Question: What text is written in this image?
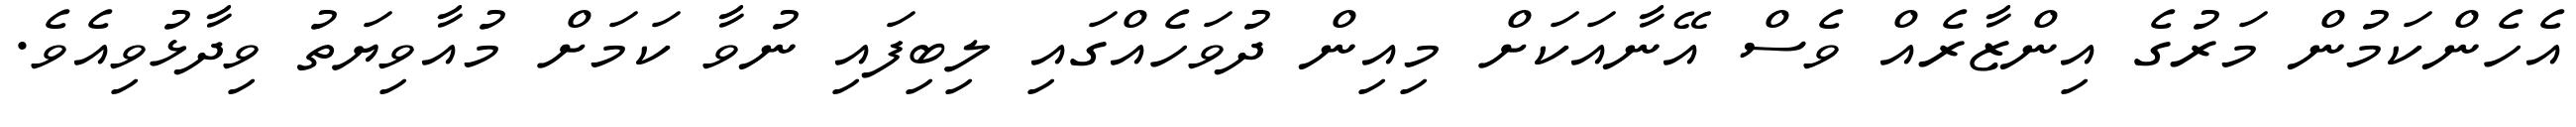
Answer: އެހެންކަމުން މަރުގެ އިންޒާރެއް ވެސް އޭނާއަކަށް މިއިން ދުވަހެއްގައި ލިބިފައި ނުވާ ކަމަށް މުއާވިޔަތު ވިދާޅުވިއެވެ.